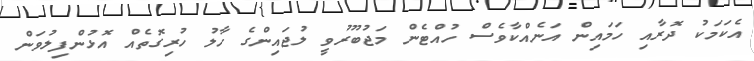
އެކަމަކު ދޮރާއި ހަމައިން އަނެއްކާވެސް ހުއްޓެން މަޖުބޫރުވީ ލުޖައިންގެ ހާލު ހުރިގޮތެއް އޮޅުންފިލުވަން